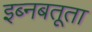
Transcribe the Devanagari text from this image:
इब्‍नबतूता